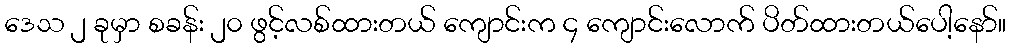
ဒေသ ၂ ခုမှာ စခန်း ၂၀ ဖွင့်လစ်ထားတယ် ကျောင်းက ၄ ကျောင်းလောက် ပိတ်ထားတယ်ပေါ့နော်။